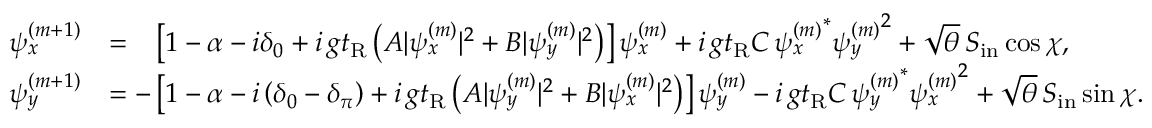
\begin{array} { r l } { \psi _ { x } ^ { ( m + 1 ) } } & { = \phantom { - } \left[ 1 - \alpha - i \delta _ { 0 } + i \, g t _ { \mathrm { R } } \left( A | \psi _ { x } ^ { ( m ) } | ^ { 2 } + B | \psi _ { y } ^ { ( m ) } | ^ { 2 } \right) \right] \psi _ { x } ^ { ( m ) } + i \, g t _ { \mathrm { R } } C \, { \psi _ { x } ^ { ( m ) } } ^ { * } { \psi _ { y } ^ { ( m ) } } ^ { 2 } + \sqrt { \theta } \, S _ { \mathrm { i n } } \cos \chi , } \\ { \psi _ { y } ^ { ( m + 1 ) } } & { = - \left[ 1 - \alpha - i \left( \delta _ { 0 } - \delta _ { \pi } \right) + i \, g t _ { \mathrm { R } } \left( A | \psi _ { y } ^ { ( m ) } | ^ { 2 } + B | \psi _ { x } ^ { ( m ) } | ^ { 2 } \right) \right] \psi _ { y } ^ { ( m ) } - i \, g t _ { \mathrm { R } } C \, { \psi _ { y } ^ { ( m ) } } ^ { * } { \psi _ { x } ^ { ( m ) } } ^ { 2 } + \sqrt { \theta } \, S _ { \mathrm { i n } } \sin \chi . } \end{array}